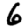
Digit: 6